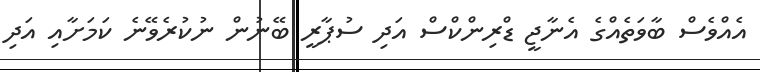
އެއްވެސް ބާވަތެއްގެ އެނާޖީ ޑްރިންކްސް އަދި ސުޕާރީ ބޭނުން ނުކުރެވޭނެ ކަމަށާއި އަދި